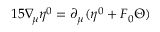
1 5 \nabla _ { \! \mu } \eta ^ { 0 } = \partial _ { \mu } ( \eta ^ { 0 } + F _ { 0 } \Theta )